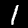
Label: 1